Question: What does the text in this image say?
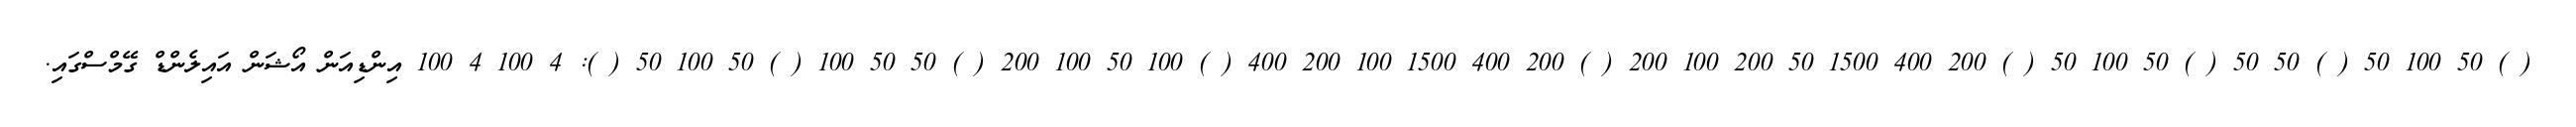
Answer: ( ) 50 100 50 ( ) 50 50 ( ) 50 100 50 ( ) 200 400 1500 50 200 100 200 ( ) 200 400 1500 100 200 400 ( ) 100 50 100 200 ( ) 50 50 100 ( ) 50 100 50 ( ): 4 100 4 100 އިންޑިއަން އޯޝަން އައިލެންޑް ގޭމްސްގައި.